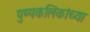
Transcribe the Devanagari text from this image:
पुष्पकलिकांच्या